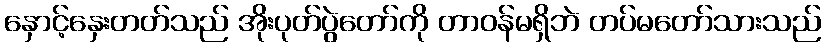
နှောင့်နှေးတတ်သည် အိုးပုတ်ပွဲတော်ကို တာဝန်မရှိဘဲ တပ်မတော်သားသည်